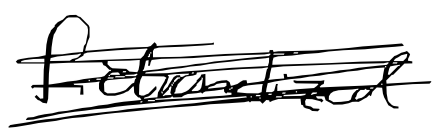
Text: fictionalized
Cross-out: scratch
Writing tool: digital_black